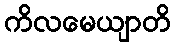
ကိလမေယျာတိ